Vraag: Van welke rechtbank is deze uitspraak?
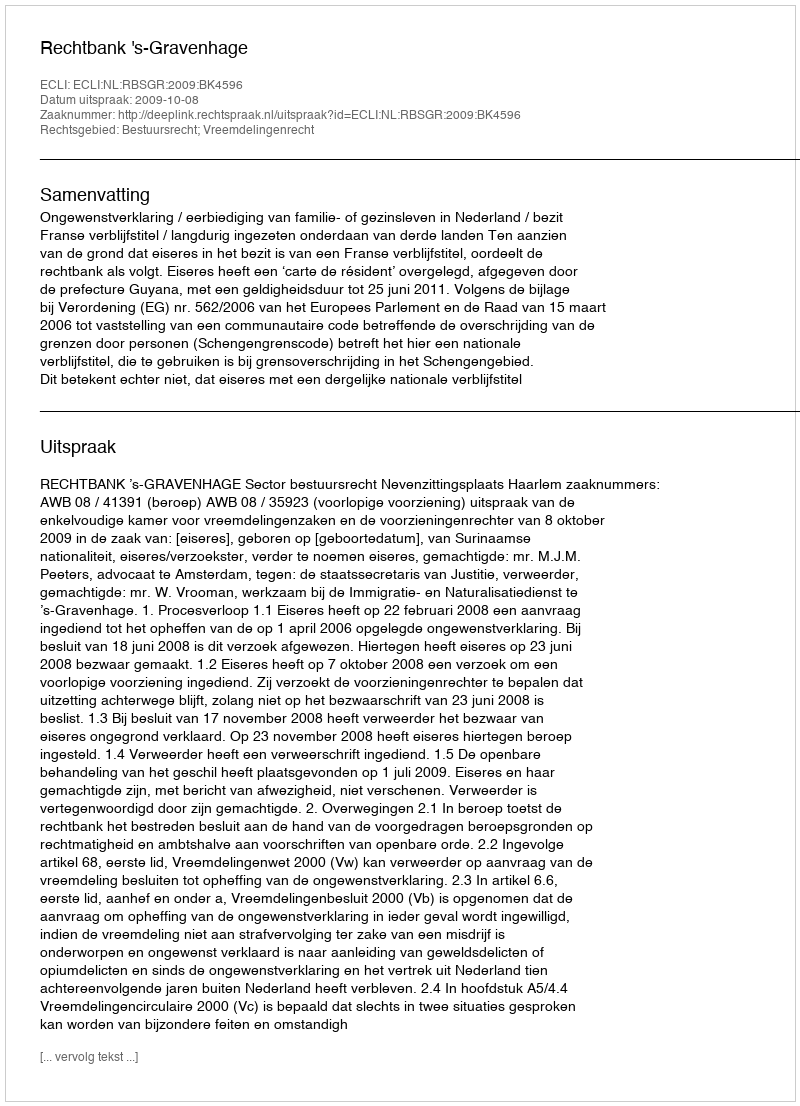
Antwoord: Rechtbank 's-Gravenhage